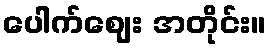
ပေါက်ဈေး အတိုင်း။